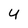
Character: U